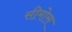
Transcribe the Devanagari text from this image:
सीमोस